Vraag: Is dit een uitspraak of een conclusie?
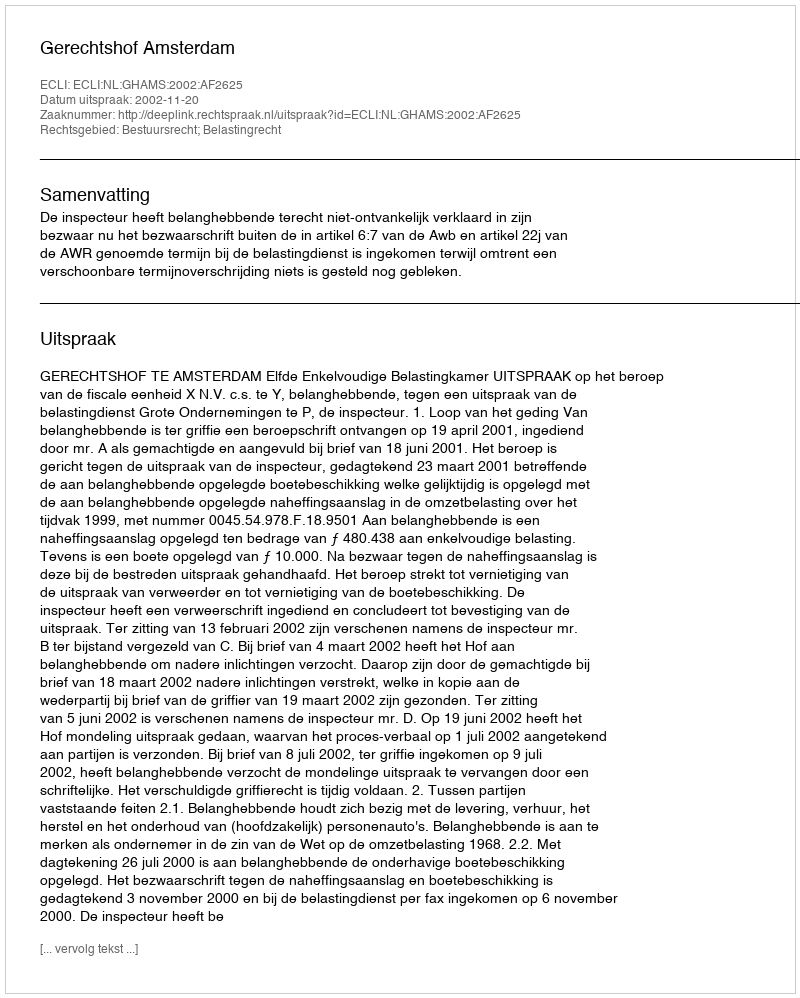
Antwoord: Uitspraak